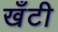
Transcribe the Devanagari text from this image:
खँटी